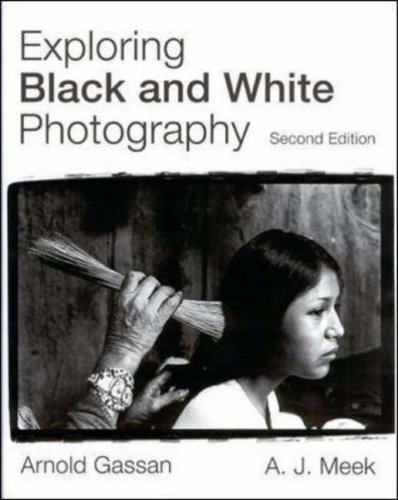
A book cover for Exploring Black and White Photography; Arnold Gassan; Arts & Photography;